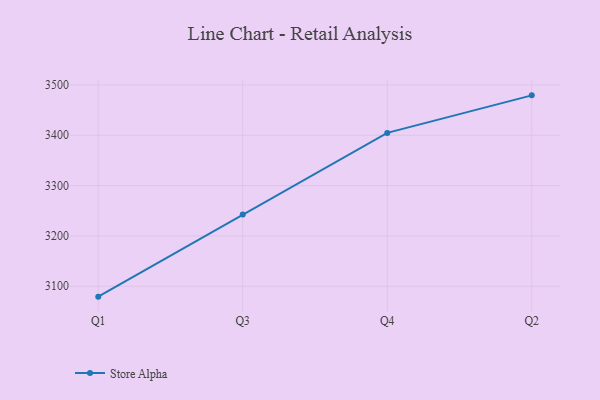
{"axis": {"x": "Quarter", "y": "Churn Rate (%)"}, "legend": ["Store Alpha"], "data": [{"x": "Q1", "y": 3079.3, "type": "Store Alpha"}, {"x": "Q3", "y": 3242.4, "type": "Store Alpha"}, {"x": "Q4", "y": 3404.6, "type": "Store Alpha"}, {"x": "Q2", "y": 3479.2, "type": "Store Alpha"}]}